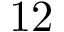
1 2